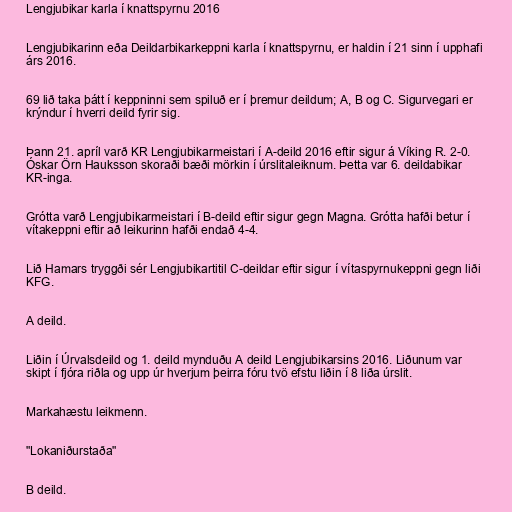
Lengjubikar karla í knattspyrnu 2016

Lengjubikarinn eða Deildarbikarkeppni karla í knattspyrnu, er haldin í 21 sinn í upphafi
árs 2016.

69 lið taka þátt í keppninni sem spiluð er í þremur deildum; A, B og C. Sigurvegari er
krýndur í hverri deild fyrir sig.

Þann 21. apríl varð KR Lengjubikarmeistari í A-deild 2016 eftir sigur á Víking R. 2-0.
Óskar Örn Hauksson skoraði bæði mörkin í úrslitaleiknum. Þetta var 6. deildabikar
KR-inga.

Grótta varð Lengjubikarmeistari í B-deild eftir sigur gegn Magna. Grótta hafði betur í
vítakeppni eftir að leikurinn hafði endað 4-4.

Lið Hamars tryggði sér Lengjubikartitil C-deildar eftir sigur í vítaspyrnukeppni gegn liði
KFG.

A deild.

Liðin í Úrvalsdeild og 1. deild mynduðu A deild Lengjubikarsins 2016. Liðunum var
skipt í fjóra riðla og upp úr hverjum þeirra fóru tvö efstu liðin í 8 liða úrslit.

Markahæstu leikmenn.

"Lokaniðurstaða"

B deild.